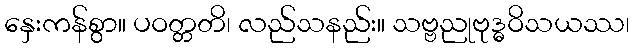
နှေးကန်စွာ။ ပဝတ္တတိ၊ လည်သနည်း။ သဗ္ဗညုဗုဒ္ဓဝိသယဿ၊